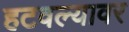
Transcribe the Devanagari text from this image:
हटवल्यावर